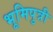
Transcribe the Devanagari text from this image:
भूमिपुत्री